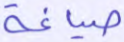
صياغة